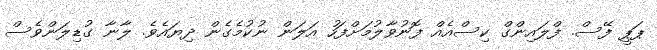
ޕަޕީ ފޭސް. ފްލައިންގް ކިސްއެއް ފޮނުވާލުމަށްފަހު އަލަން ނުކުމެގެން ދިޔައެވެ. ލާނާ ގުޑިލަންވެސް